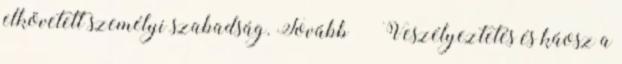
elkövetett személyi szabadság. Tovább › ›Veszélyeztetés és káosz a